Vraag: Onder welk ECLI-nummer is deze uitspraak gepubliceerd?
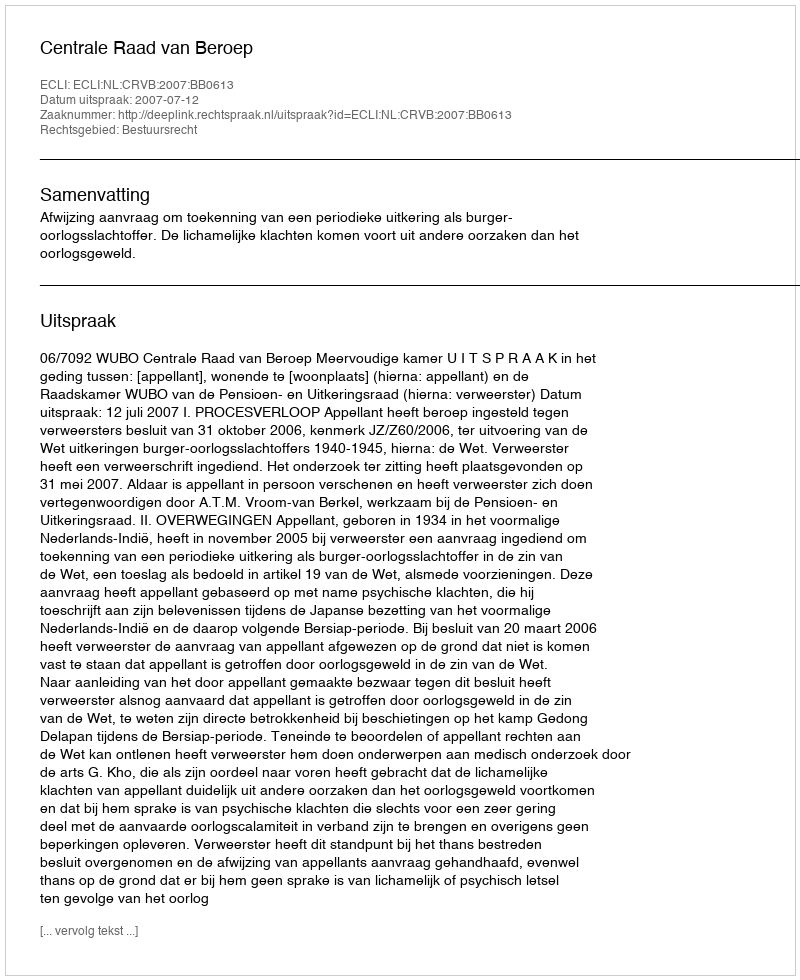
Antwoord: ECLI:NL:CRVB:2007:BB0613